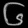
Digit: ၆